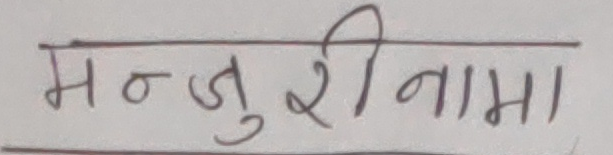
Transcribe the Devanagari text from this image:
मञ्जुरीनामा